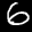
Label: 6